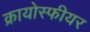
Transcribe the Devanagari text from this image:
क्रायोस्फीयर